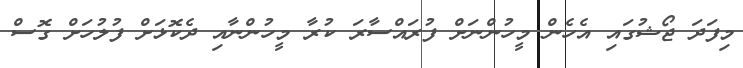
މިފަދަ ޖޯޝުގައި އެހެން މީހުންނަށް ފުރައްސާރަ ކުރާ މީހުންނާއި ދެކޮޅަށް ފުލުހަށް ގޮސް